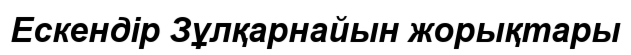
Ескендір Зұлқарнайын жорықтары